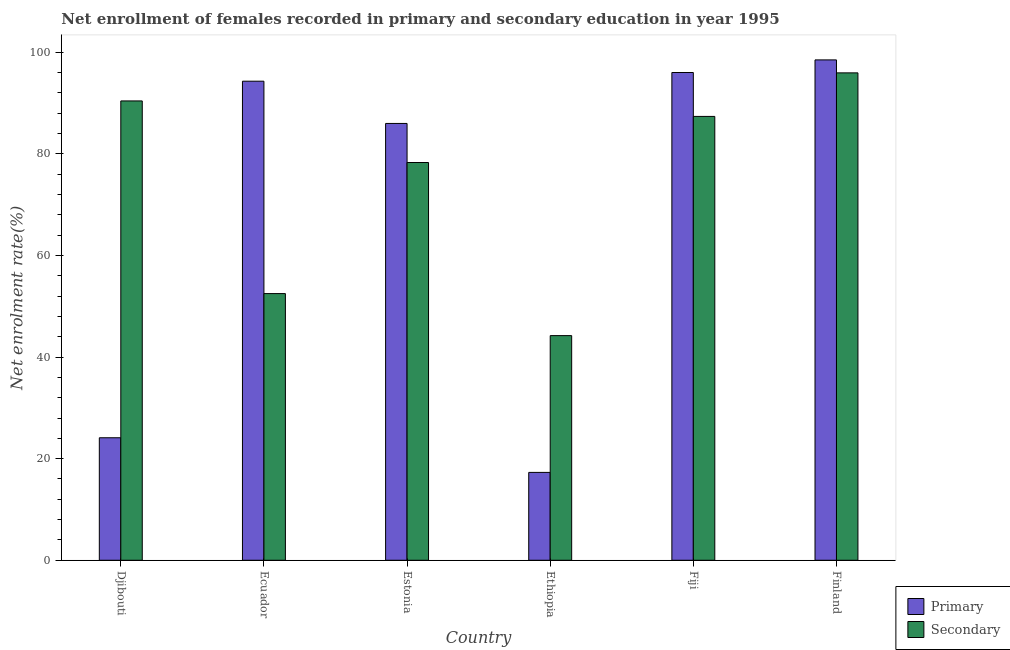
| Country | Primary | Secondary |
 | --- | --- | --- |
 | Djibouti | 24.1 | 90.4 |
 | Ecuador | 94.3 | 52.5 |
 | Estonia | 86 | 78.3 |
 | Ethiopia | 17.3 | 44.2 |
 | Fiji | 96 | 87.4 |
 | Finland | 98.5 | 95.9 |